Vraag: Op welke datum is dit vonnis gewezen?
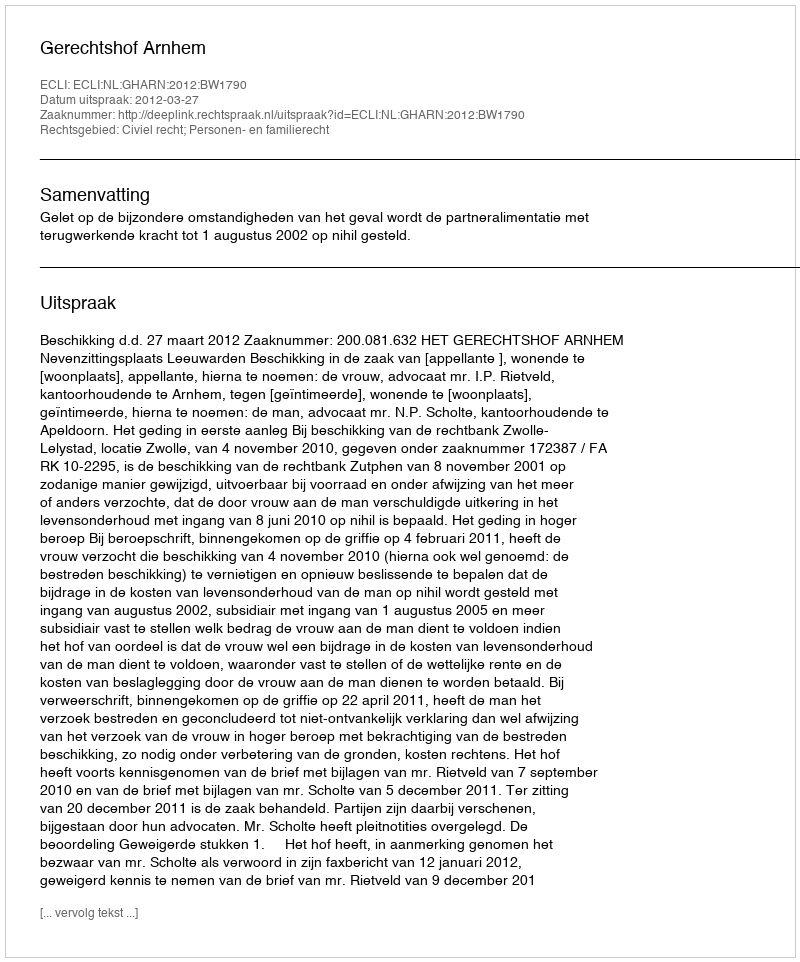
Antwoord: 2012-03-27